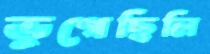
ভুগেছিলি